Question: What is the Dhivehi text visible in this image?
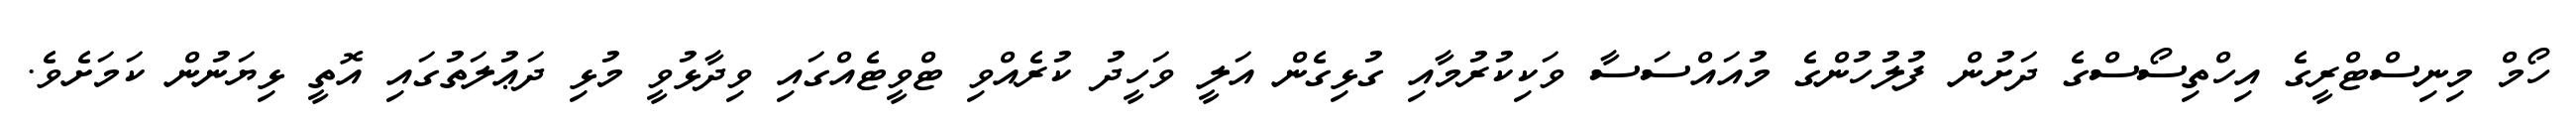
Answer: ހޯމް މިނިސްޓްރީގެ އިހްތިސޯސްގެ ދަށުން ފުލުހުންގެ މުއައްސަސާ ވަކިކުރުމާއި ގުޅިގެން އަލީ ވަހީދު ކުރެއްވި ޓްވީޓެއްގައި ވިދާޅުވީ މުޅި ދަޢުލަތުގައި އޮތީ ޅިޔަނުން ކަމަށެވެ.